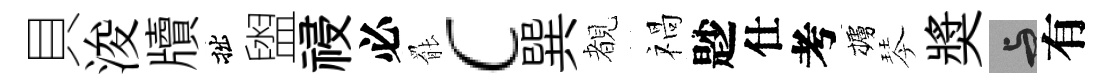
貝浚牘拙盥祲必罷c巽覩禍尟仕考櫨琴奬与有